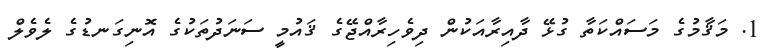
1. މަޤާމުގެ މަސައްކަތާ ގުޅޭ ދާއިރާއަކުން ދިވެހިރާއްޖޭގެ ޤައުމީ ސަނަދުތަކުގެ އޮނިގަނޑުގެ ލެވެލް